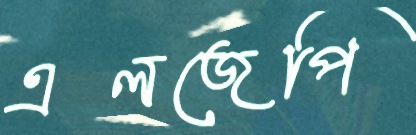
এলজেপি